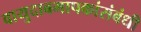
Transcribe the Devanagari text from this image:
वायुदाबमापकांसंबंधी